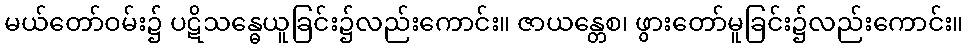
မယ်တော်ဝမ်း၌ ပဋိသန္ဓေယူခြင်း၌လည်းကောင်း။ ဇာယန္တေစ၊ ဖွားတော်မူခြင်း၌လည်းကောင်း။